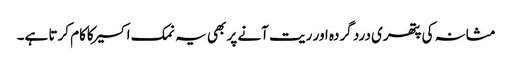
مثانہ کی پتھری درد گردہ اور ریت آنے پر بھی یہ نمک اکسیرکاکام کرتا ہے۔